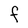
Character: F